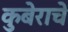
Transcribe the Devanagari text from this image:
कुबेराचे